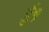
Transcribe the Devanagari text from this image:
ई१